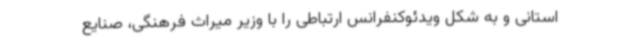
استانی و به شکل ویدئوکنفرانس ارتباطی را با وزیر میراث فرهنگی، صنایع